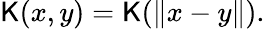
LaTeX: \mathsf{K}(x,y)=\mathsf{K}(\| x-y\| ).